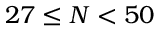
2 7 \leq N < 5 0